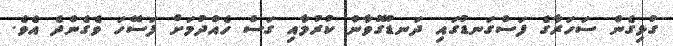
ގުޅިގެން ސަހަރާގެ ފަސްގަނޑުގައި ދަނޑުގޮވާން ކުރުމާއި ގަސް ހެއްދުމަށް ފަސޭހަ ވެގެންދެ އެވެ.